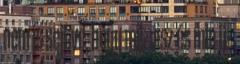
nem is sejtve, hogy mit visz és min ül.